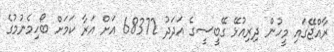
ރާއްޖޭގައި މީހުން ދިރިއުޅޭ ގޭބީސީގެ އަދަދު 68372 އަށް އަރާ ކަމަށް ބޯހިމެނުމުގެ